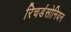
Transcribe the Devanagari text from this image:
रिचर्डसोनियन